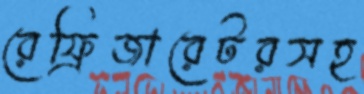
রেফ্রিজারেটরসহ